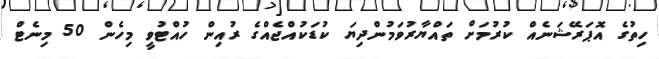
ހިތުގެ އޮޕަރޭޝަނެއް ކުރުމަށް ތައްޔާރުވަމުންދިޔަ ކުޑަކުއްޖެއްގެ ރުއިން ހުއްޓުވީ މިހެން 50 މިނެޓް